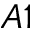
A 1